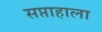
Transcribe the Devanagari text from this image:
सप्ताहाला